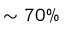
\sim 7 0 \%